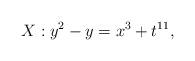
LaTeX: \begin{align*}X: y^2-y=x^3+t^{11}, \end{align*}